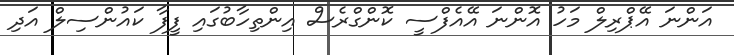
އަންނަ އޭޕްރިލް މަހު އޮންނަ އޭއެފްސީ ކޮންގްރެސް އިންތިހާބުގައި ފީފާ ކައުންސިލް އަދި